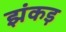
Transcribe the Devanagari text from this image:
झंकड़